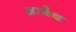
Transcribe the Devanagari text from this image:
अाबेद